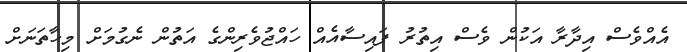
އެއްވެސް އިދާރާ އަކުން ވެސް އިތުރު ފައިސާއެއް ހައްޖުވެރިންގެ އަތުން ނެގުމަށް މިހާތަނަށް